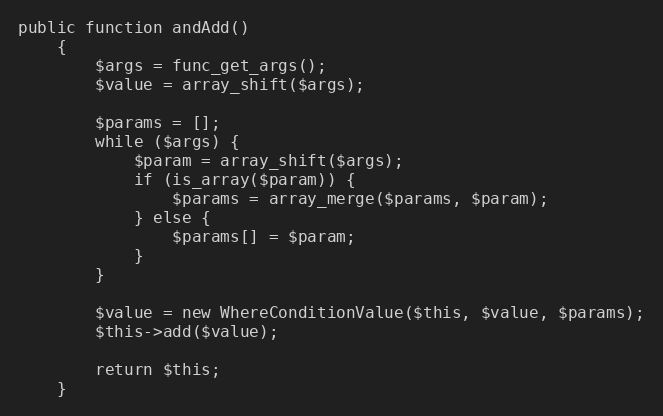
Language: PHP
public function andAdd()
    {
        $args = func_get_args();
        $value = array_shift($args);

        $params = [];
        while ($args) {
            $param = array_shift($args);
            if (is_array($param)) {
                $params = array_merge($params, $param);
            } else {
                $params[] = $param;
            }
        }

        $value = new WhereConditionValue($this, $value, $params);
        $this->add($value);

        return $this;
    }